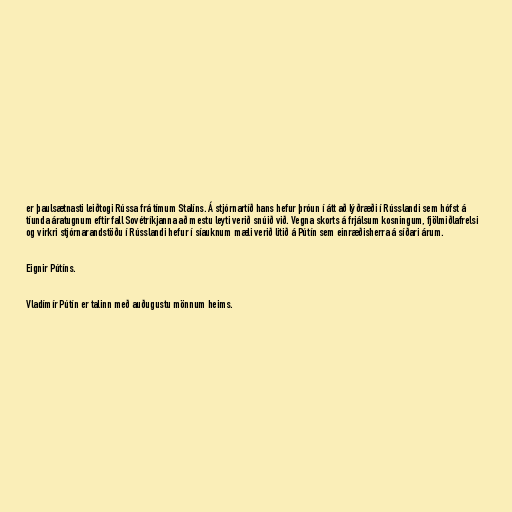
er þaulsætnasti leiðtogi Rússa frá tímum Stalíns. Á stjórnartíð hans hefur þróun í átt að lýðræði í Rússlandi sem hófst á
tíunda áratugnum eftir fall Sovétríkjanna að mestu leyti verið snúið við. Vegna skorts á frjálsum kosningum, fjölmiðlafrelsi
og virkri stjórnarandstöðu í Rússlandi hefur í síauknum mæli verið litið á Pútín sem einræðisherra á síðari árum.

Eignir Pútíns.

Vladímír Pútín er talinn með auðugustu mönnum heims.